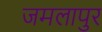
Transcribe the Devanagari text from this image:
जमलापुर